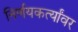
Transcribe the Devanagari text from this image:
निर्णयकर्त्यांवर